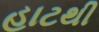
હાટથી